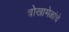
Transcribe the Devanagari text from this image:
चोखामेळांचे